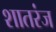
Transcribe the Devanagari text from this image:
शातरंज